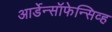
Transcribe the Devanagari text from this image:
आर्डेन्सॉफेन्सिव्ह